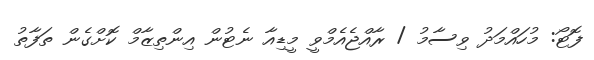
ފޮޓޯ: މުހައްމަދު ވިސާމު / ރާއްޖެއެމްވީ މީޑިއާ ނެޓުން އިންތިޒާމް ކޮށްގެން ތަފާތު